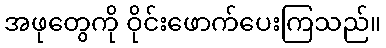
အဖုတွေကို ဝိုင်းဖောက်ပေးကြသည်။